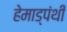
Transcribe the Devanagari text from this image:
हेमाड्पंथी